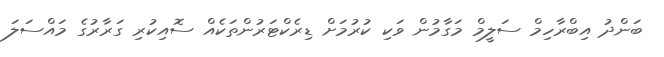
ބަންދު އިބްރާހިމް ސަލީމް މަގާމުން ވަކި ކުރުމަށް ޑިރެކްޓަރުންތަކެއް ސޮއިކުރި ގަރާރުގެ މައްސަލަ